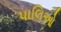
પાલિઓ